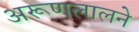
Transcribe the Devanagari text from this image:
अरूणलालने